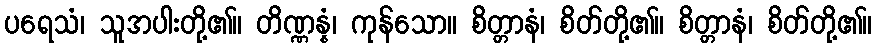
ပရေသံ၊ သူအပါးတို့၏။ တိဏ္ဏန္နံ၊ ကုန်သော။ စိတ္တာနံ၊ စိတ်တို့၏။ စိတ္တာနံ၊ စိတ်တို့၏။